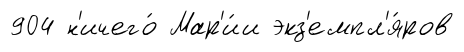
904 н'ичего́ Мар'и́и экз'емпл'я́ров